Lunatic asylums United Prov. 1922-30 - 1922-1930
Year: 1922
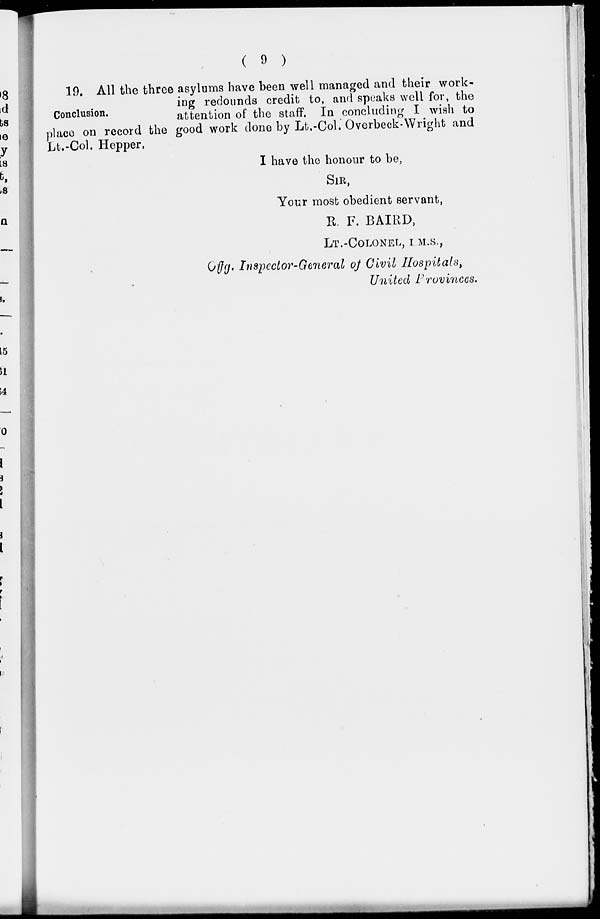
( 9 )
Conclusion.
19. All the three asylums have been well managed and their work-
ing redounds credit to, and speaks well for, the
attention of the staff. In concluding I wish to
place on record the good work done by Lt.-Col. Overbeck-Wright and
Lt.-Col. Hepper.
I have the honour to be,
SIR,
Your most obedient servant,
R. F. BAIRD,
LT.-COLONEL, I.M.S.,
Offg. Inspector-General of Civil Hospitals,
United Provinces.